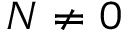
N \neq 0